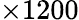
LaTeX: \times 1200